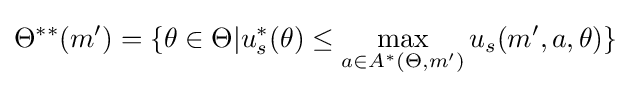
\Theta ^{**}(m')=\{\theta \in \Theta |u_{s}^{*}(\theta )\leq \max _{a\in A^{*}(\Theta ,m')}u_{s}(m',a,\theta )\}